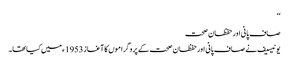
‘‘
صاف پانی اور حفظان صحت
یونیسیف نے صاف پانی اور حفظان صحت کے پروگراموں کا آغاز 1953ء میں کیا تھا۔